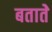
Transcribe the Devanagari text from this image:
बतातेे